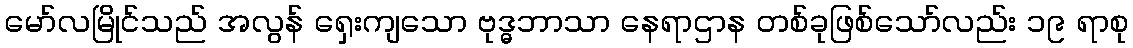
မော်လမြိုင်သည် အလွန် ရှေးကျသော ဗုဒ္ဓဘာသာ နေရာဌာန တစ်ခုဖြစ်သော်လည်း ၁၉ ရာစု